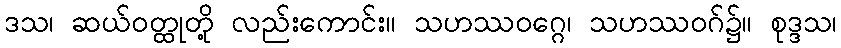
ဒသ၊ ဆယ်ဝတ္ထုတို့ လည်းကောင်း။ သဟဿဝဂ္ဂေ၊ သဟဿဝဂ်၌။ စုဒ္ဒသ၊